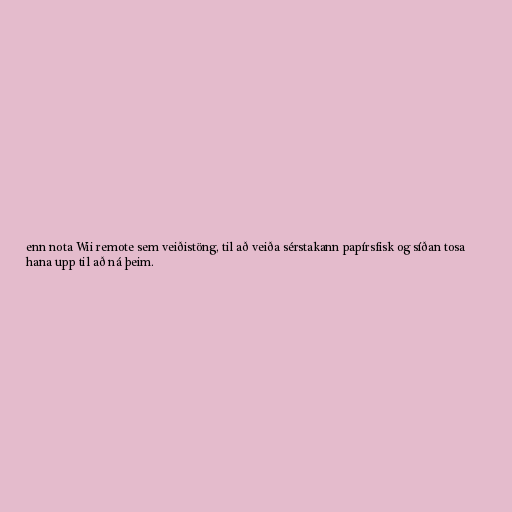
enn nota Wii remote sem veiðistöng, til að veiða sérstakann papírsfisk og síðan tosa
hana upp til að ná þeim.